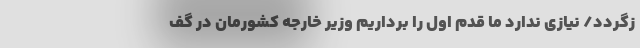
زگردد/ نیازی ندارد ما قدم اول را برداریم وزیر خارجه کشورمان در گف